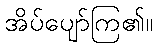
အိပ်ပျော်ကြ၏။